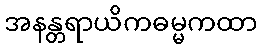
အနန္တရာယိကဓမ္မကထာ